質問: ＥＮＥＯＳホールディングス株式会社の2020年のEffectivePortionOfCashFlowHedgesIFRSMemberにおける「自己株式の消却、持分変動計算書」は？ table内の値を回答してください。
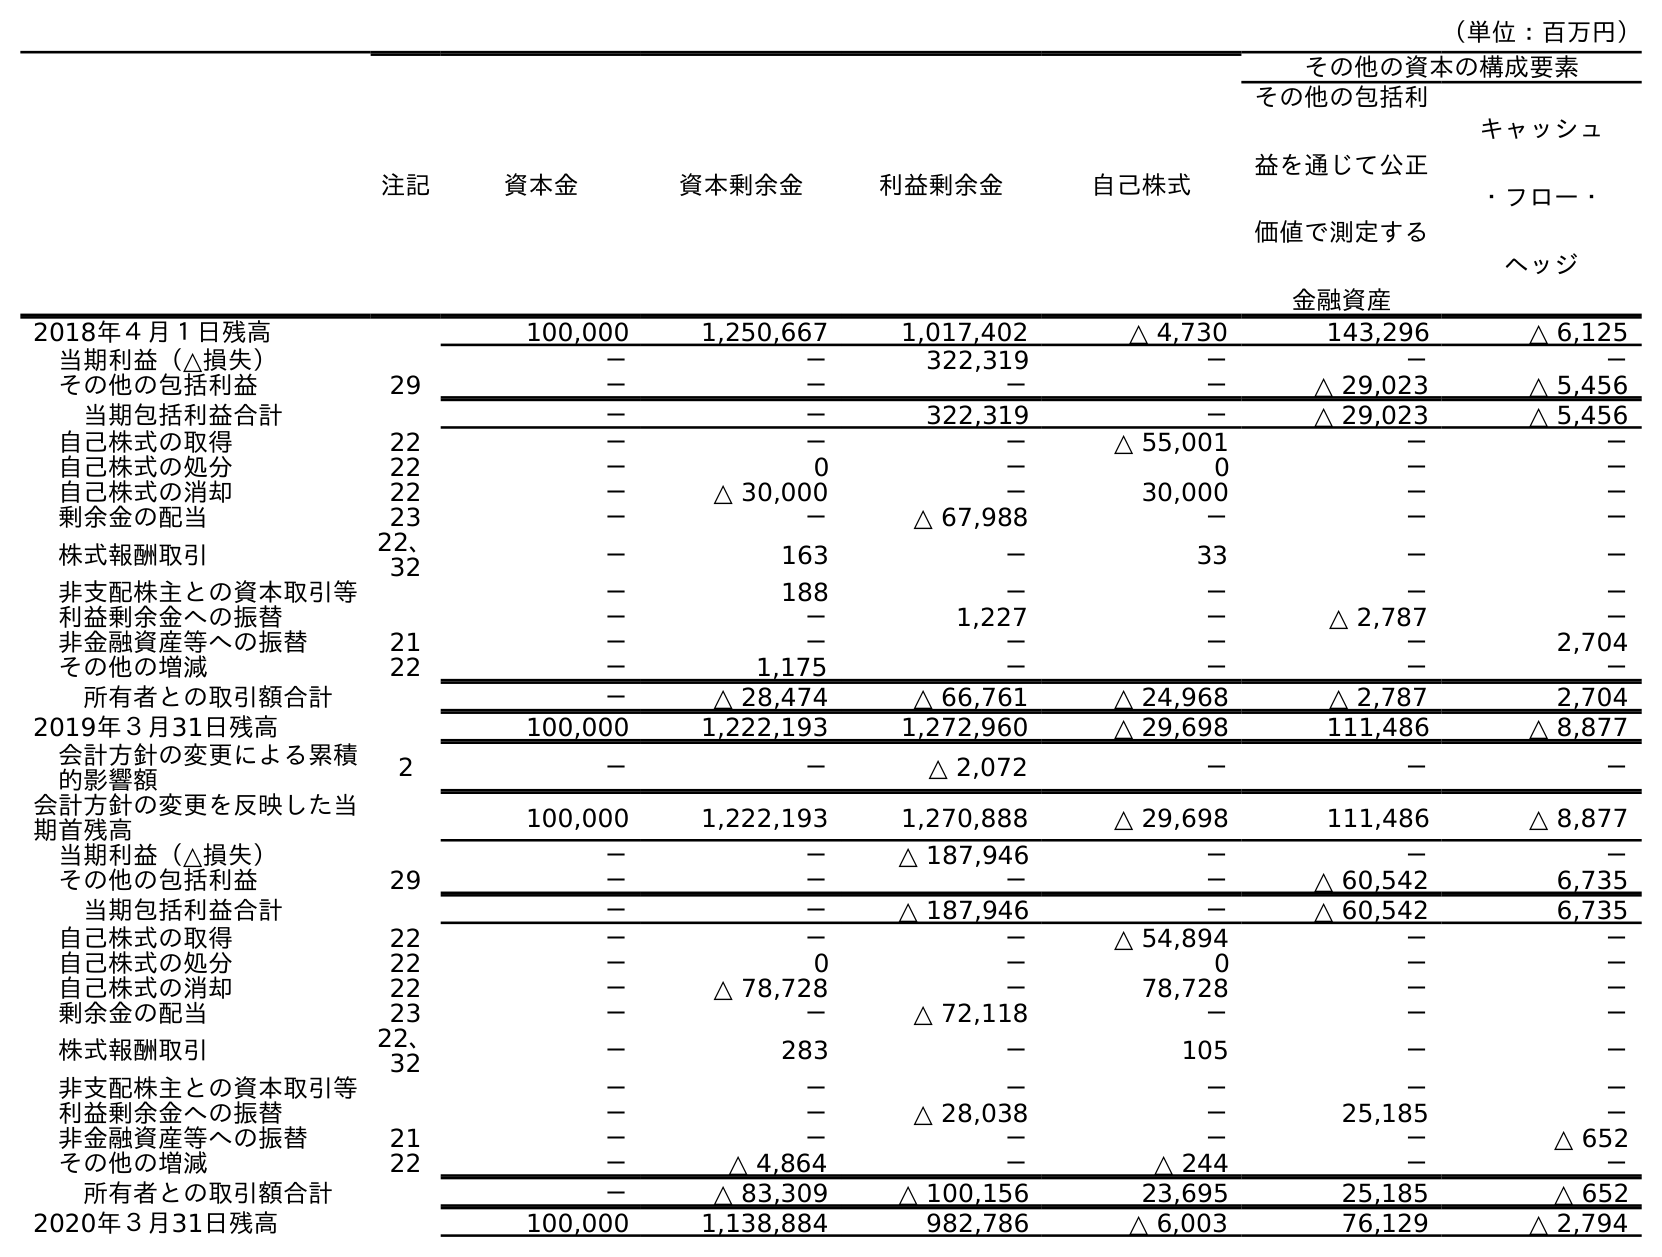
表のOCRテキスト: （単位：百万円） 注記 資本金 資本剰余金 利益剰余金 自己株式 その他の資本の構成要素 その他の包括利 益を通じて公正 価値で測定する 金融資産 キャッシュ ・フロー・ ヘッジ 2018年４月１日残高 100,000 1,250,667 1,017,402 △ 4,730 143,296 △ 6,125 当期利益（△損失） － － 322,319 － － － その他の包括利益 29 － － － － △ 29,023 △ 5,456 当期包括利益合計 － － 322,319 － △ 29,023 △ 5,456 自己株式の取得 22 － － － △ 55,001 － － 自己株式の処分 22 － 0 － 0 － － 自己株式の消却 22 － △ 30,000 － 30,000 － － 剰余金の配当 23 － － △ 67,988 － － － 株式報酬取引 22、 32 － 163 － 33 － － 非支配株主との資本取引等 － 188 － － － － 利益剰余金への振替 － － 1,227 － △ 2,787 － 非金融資産等への振替 21 － － － － － 2,704 その他の増減 22 － 1,175 － － － － 所有者との取引額合計 － △ 28,474 △ 66,761 △ 24,968 △ 2,787 2,704 2019年３月31日残高 100,000 1,222,193 1,272,960 △ 29,698 111,486 △ 8,877 会計方針の変更による累積 的影響額 2 － － △ 2,072 － － － 会計方針の変更を反映した当 期首残高 100,000 1,222,193 1,270,888 △ 29,698 111,486 △ 8,877 当期利益（△損失） － － △ 187,946 － － － その他の包括利益 29 － － － － △ 60,542 6,735 当期包括利益合計 － － △ 187,946 － △ 60,542 6,735 自己株式の取得 22 － － － △ 54,894 － － 自己株式の処分 22 － 0 － 0 － － 自己株式の消却 22 － △ 78,728 － 78,728 － － 剰余金の配当 23 － － △ 72,118 － － － 株式報酬取引 22、 32 － 283 － 105 － － 非支配株主との資本取引等 － － － － － － 利益剰余金への振替 － － △ 28,038 － 25,185 － 非金融資産等への振替 21 － － － － － △ 652 その他の増減 22 － △ 4,864 － △ 244 － － 所有者との取引額合計 － △ 83,309 △ 100,156 23,695 25,185 △ 652 2020年３月31日残高 100,000 1,138,884 982,786 △ 6,003 76,129 △ 2,794
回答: －